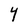
Character: Y